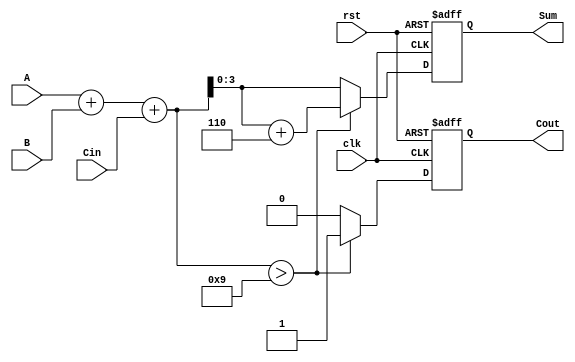
module BCD_Sequential_Adder (
    input wire [3:0] A,       // First BCD input
    input wire [3:0] B,       // Second BCD input
    input wire Cin,           // Carry input
    input wire clk,           // Clock signal
    input wire rst,           // Reset signal
    output reg [3:0] Sum,     // BCD output
    output reg Cout           // Carry output
);

    reg [4:0] binary_sum;     // 5-bit to accommodate carry

    always @(posedge clk or posedge rst) begin
        if (rst) begin
            Sum <= 4'b0000;    // Reset Sum to 0
            Cout <= 1'b0;      // Reset Cout to 0
        end else begin
            // Perform binary addition
            binary_sum = A + B + Cin;

            // Check for BCD correction
            if (binary_sum > 5'd9) begin
                binary_sum = binary_sum + 5'd6; // Add 6 for BCD correction
                Cout <= 1'b1;                    // Set carry output
            end else begin
                Cout <= 1'b0;                    // No carry
            end

            // Assign the lower 4 bits to Sum
            Sum <= binary_sum[3:0];
        end
    end
endmodule